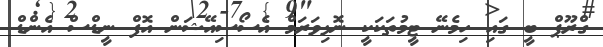
ގްރޫޕް ބީ ގައި ހިމެނޭ ޓީމުތަކަކީ ނޮޅިވަރަމް އެސޯސިއޭޝަން އޮފް ނީޑްސް އެންޑް